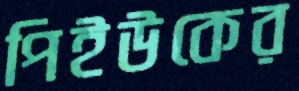
পিইউকের